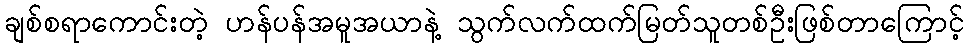
ချစ်စရာကောင်းတဲ့ ဟန်ပန်အမူအယာနဲ့ သွက်လက်ထက်မြတ်သူတစ်ဦးဖြစ်တာကြောင့်